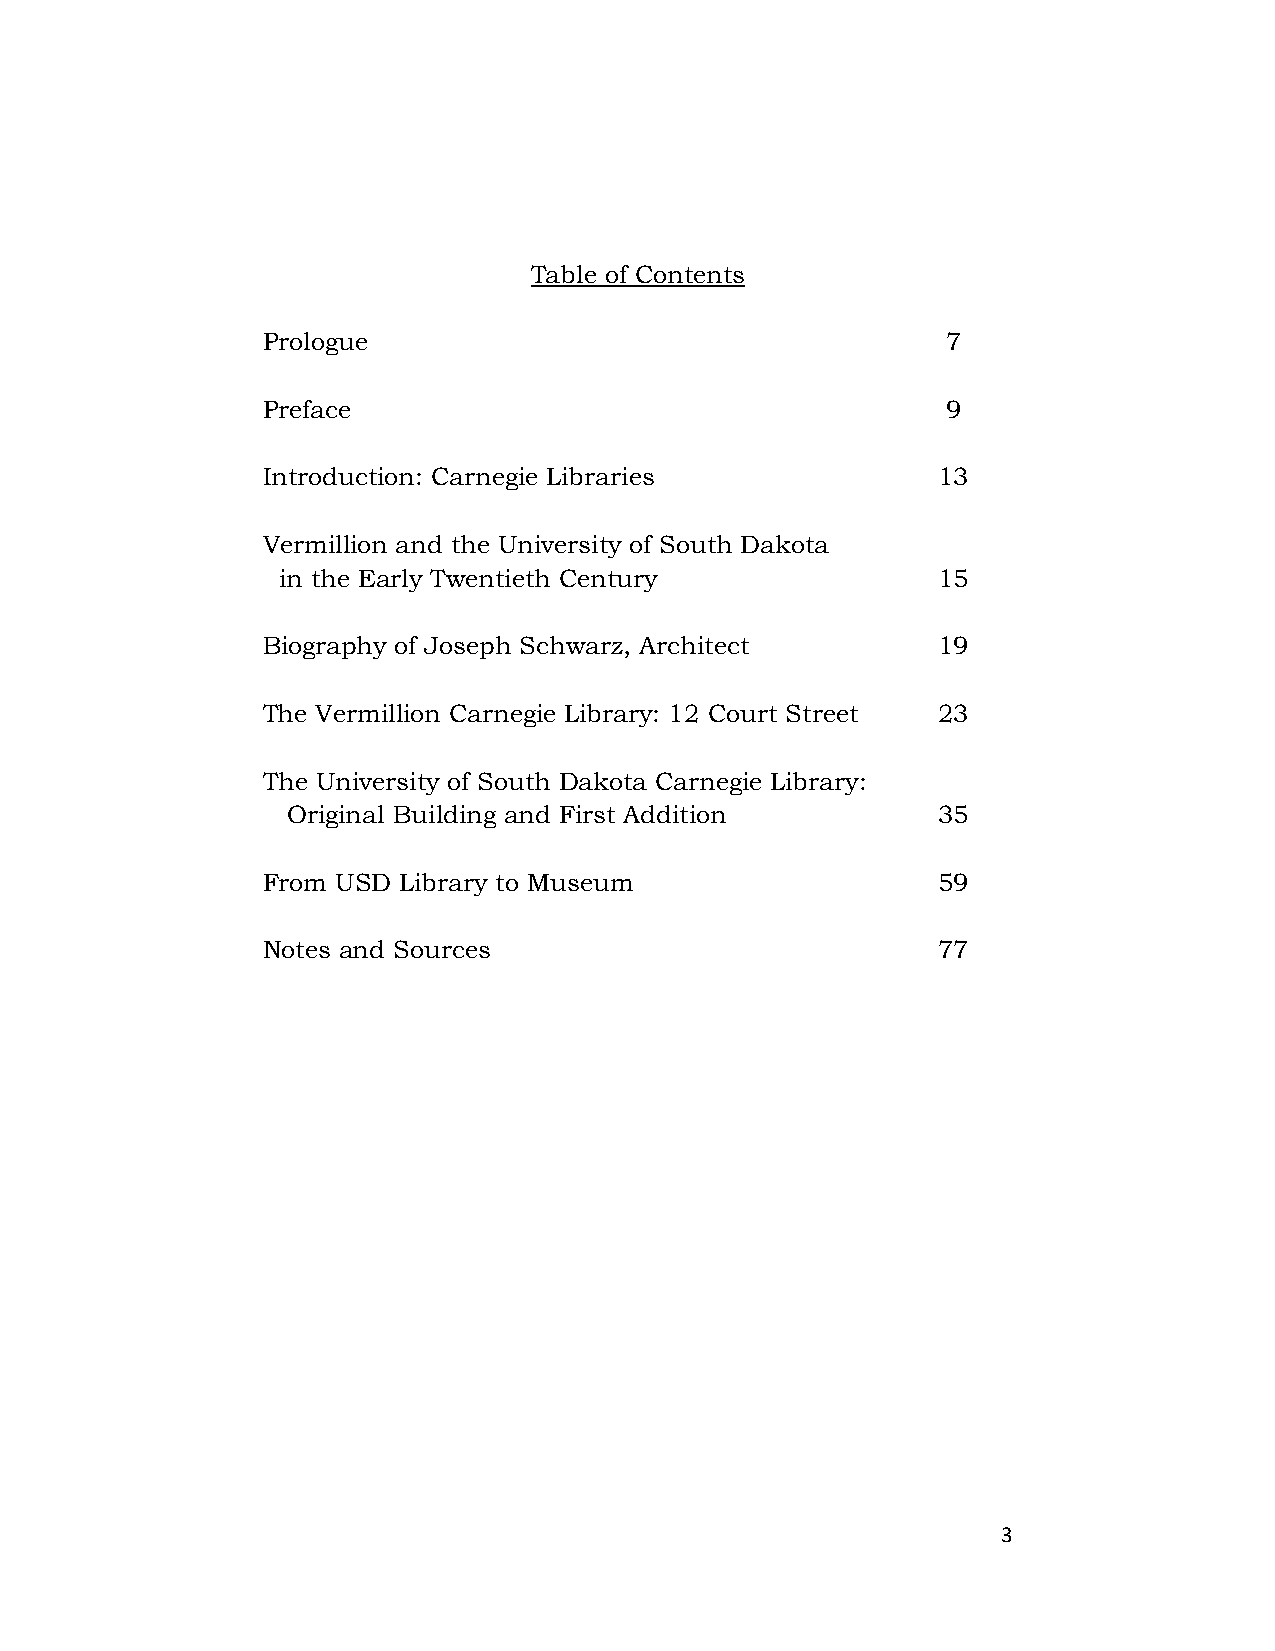
Table of Contents
 Prologue                                      7
 Preface                                       9
 Introduction: Carnegie Libraries             13
 Vermillion and the University of South Dakota
 in the Early Twentieth Century              15
 Biography of Joseph Schwarz, Architect       19
 The Vermillion Carnegie Library: 12 Court Street 23
 The University of South Dakota Carnegie Library:
 Original Building and First Addition       35
 From USD Library to Museum                   59
 Notes and Sources                            77
 3